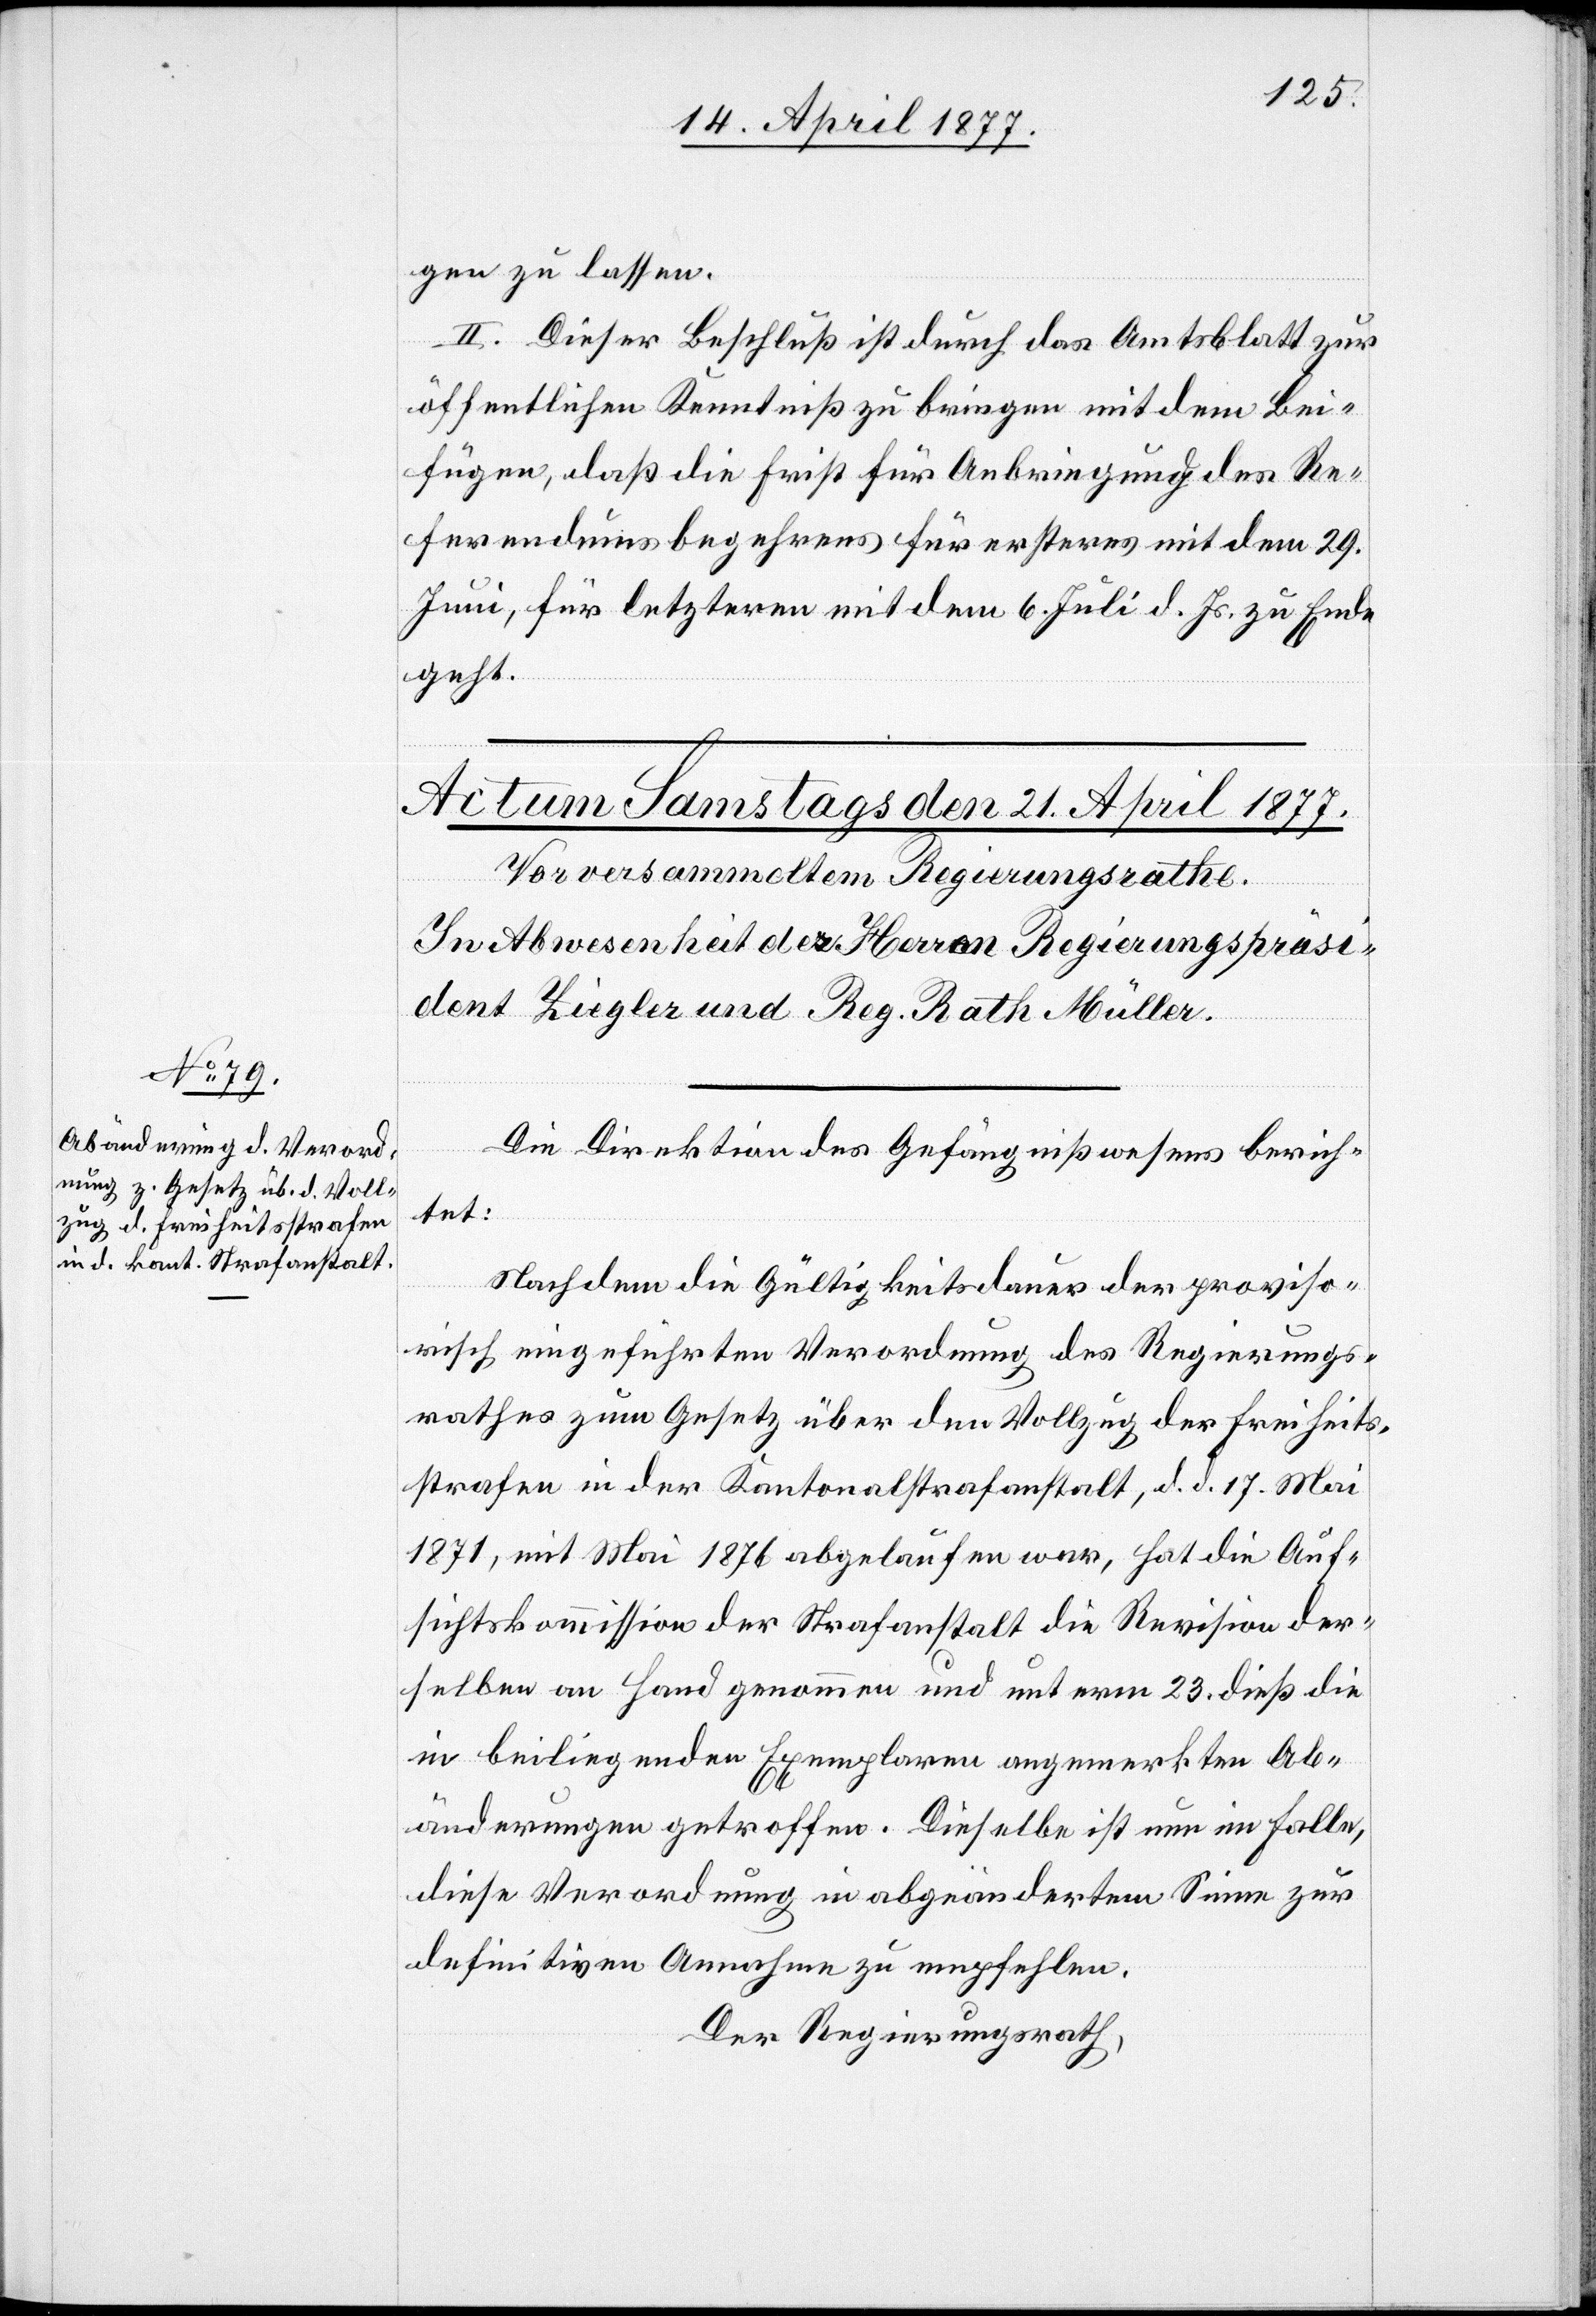
gen zu lassen.
II. Dieser Beschluß ist durch das Amtsblatt zur
öffentlichen Kenntniß zu bringen mit dem Bei¬
fügen, daß die Frist für Anbringung des Re¬
ferendumsbegehrens für ersteres mit dem 29.
Juni, für letzteres mit dem 6. Juli d. Js. zu Ende
geht.
Die Direktion des Gefängnißwesens berich¬
tet:
Nachdem die Gültigkeitsdauer der proviso¬
risch eingeführten Verordnung des Regierungs¬
rathes zum Gesetz über den Vollzug der Freiheits¬
strafen in der Kantonalstrafanstalt, d. d. 17. Mai
1871, mit Mai 1876 abgelaufen war, hat die Auf¬
sichtskommission der Strafanstalt die Revision der¬
selben an Hand genommen und unterm 23. dieß die
in beiliegenden Exemplaren angemerkten Ab¬
änderungen getroffen. Dieselbe ist nun im Falle,
diese Verordnung in abgeändertem Sinne zur
definitiven Annahme zu empfehlen.
Der Regierungsrath,